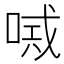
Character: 𠸴